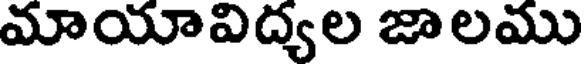
మాయావిద్యల జాలము